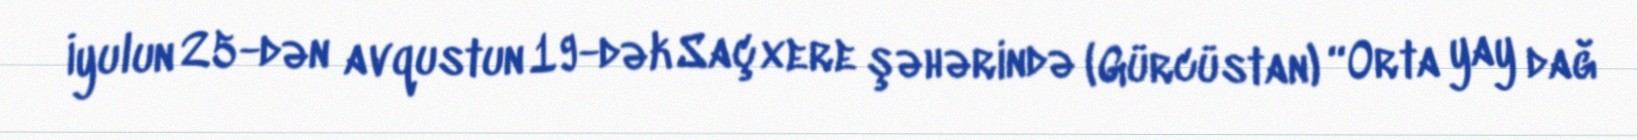
İyulun 25-dən avqustun 19-dək Saçxere şəhərində (Gürcüstan) “Orta yay dağ